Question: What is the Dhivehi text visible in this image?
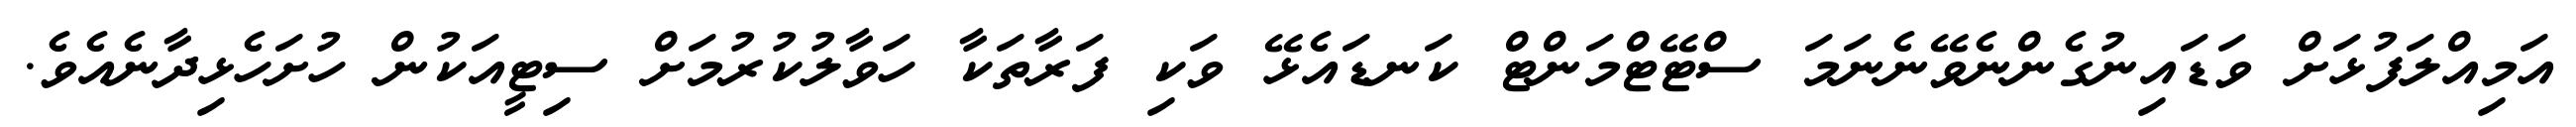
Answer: އަމިއްލަފުޅަށް ވަޑައިނުގެންނެވޭނެނަމަ ސްޓޭޓްމަންޓް ކަނޑައެޅޭ ވަކި ފަރާތަކާ ހަވާލުކުރުމަށް ސިޓީއަކުން ހުށަހެޅިދާނެއެވެ.